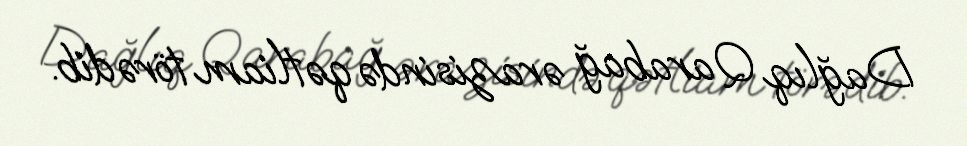
Dağlıq Qarabağ ərazisində qətliam törədib.